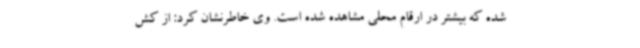
شده که بیشتر در ارقام محلی مشاهده شده است. وی خاطرنشان کرد: از کش